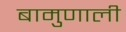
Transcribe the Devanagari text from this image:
बामुणाली